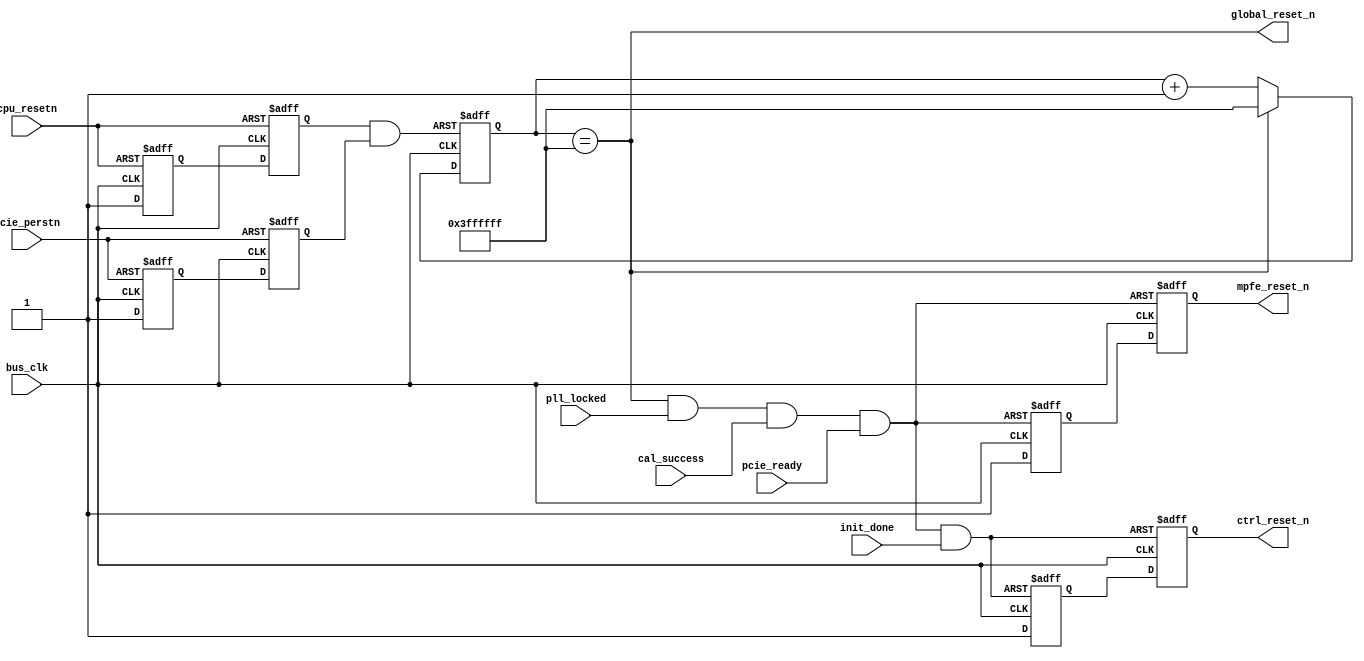
// synthesis VERILOG_INPUT_VERSION SYSTEMVERILOG_2005
//
// This file is part of multiexp-a5gx.
//
// multiexp-a5gx is free software: you can redistribute it and/or modify
// it under the terms of the GNU General Public License as published by
// the Free Software Foundation, either version 3 of the License, or
// (at your option) any later version.
//
// This program is distributed in the hope that it will be useful,
// but WITHOUT ANY WARRANTY; without even the implied warranty of
// MERCHANTABILITY or FITNESS FOR A PARTICULAR PURPOSE.  See the
// GNU General Public License for more details.
//
// You should have received a copy of the GNU General Public License
// along with this program. If not, see http://www.gnu.org/licenses/.

module mpfe_rst
    ( input     bus_clk
    , input     pll_locked
    , input     cal_success
    , input     init_done
    , input     pcie_perstn
    , input     cpu_resetn
    , input     pcie_ready

    , output    global_reset_n
    , output    mpfe_reset_n
    , output    ctrl_reset_n
    );

// for simulation, make sure we don't spend too long resetting
`ifdef MODEL_TECH
    localparam STOP_COUNT = 26'h000000f;
`else
    localparam STOP_COUNT = 26'h3ffffff;
`endif

    reg mpfe_reg[1:0];
    assign mpfe_reset_n = mpfe_reg[1];

    reg ctrl_reg[1:0];
    assign ctrl_reset_n = ctrl_reg[1];

    reg [25:0] reset_timer;
    reg pcie_perstn_sync[1:0];
    reg cpu_resetn_sync[1:0];

    wire timer_resetn = cpu_resetn_sync[1] & pcie_perstn_sync[1];

    // sync deassert for cpu_resetn
    always @(posedge bus_clk or negedge cpu_resetn) begin
        if (~cpu_resetn) begin
            cpu_resetn_sync[0] <= 0;
            cpu_resetn_sync[1] <= 0;
        end else begin
            cpu_resetn_sync[0] <= 1;
            cpu_resetn_sync[1] <= cpu_resetn_sync[0];
        end
    end

    // sync deassert for pcie_perstn
    always @(posedge bus_clk or negedge pcie_perstn) begin
        if (~pcie_perstn) begin
            pcie_perstn_sync[0] <= 0;
            pcie_perstn_sync[1] <= 0;
        end else begin
            pcie_perstn_sync[0] <= 1;
            pcie_perstn_sync[1] <= pcie_perstn_sync[0];
        end
    end

    always @(posedge bus_clk or negedge timer_resetn) begin
        if (~timer_resetn) begin
            reset_timer <= 0;
        end else if (reset_timer == STOP_COUNT) begin
            reset_timer <= STOP_COUNT;
        end else begin
            reset_timer <= reset_timer + 1'b1;
        end
    end

    assign global_reset_n = reset_timer == STOP_COUNT;

    /* mpfe reset deasserts when pll_locked and cal_success and pcie_ready */
    /* deassert synchronous to bus_clk domain */
    wire mpfe_arstn = global_reset_n & pll_locked & cal_success & pcie_ready;
    always @(posedge bus_clk or negedge mpfe_arstn) begin
        if (~mpfe_arstn) begin
            mpfe_reg[0] <= 0;
            mpfe_reg[1] <= 0;
        end else begin
            mpfe_reg[0] <= 1;
            mpfe_reg[1] <= mpfe_reg[0];
        end
    end

    wire ctrl_arstn = global_reset_n & pll_locked & cal_success & pcie_ready & init_done;
    always @(posedge bus_clk or negedge ctrl_arstn) begin
        if (~ctrl_arstn) begin
            ctrl_reg[0] <= 0;
            ctrl_reg[1] <= 0;
        end else begin
            ctrl_reg[0] <= 1;
            ctrl_reg[1] <= ctrl_reg[0];
        end
    end

endmodule